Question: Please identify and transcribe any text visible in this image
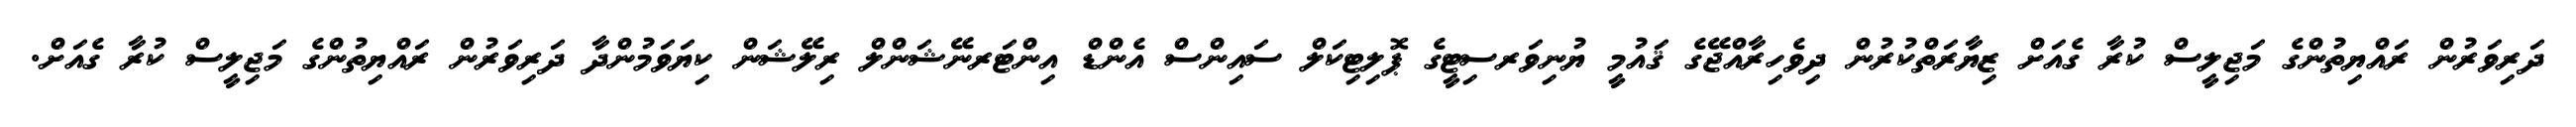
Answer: ދަރިވަރުން ރައްޔިތުންގެ މަޖިލީސް ކުރާ ގެއަށް ޒިޔާރަތްކުރުން ދިވެހިރާއްޖޭގެ ޤައުމީ ޔުނިވަރސިޓީގެ ޕޮލިޓިކަލް ސައިންސް އެންޑް އިންޓަރނޭޝަންލް ރިލޭޝަން ކިޔަވަމުންދާ ދަރިވަރުން ރައްޔިތުންގެ މަޖިލީސް ކުރާ ގެއަށް.